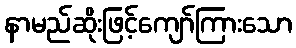
နာမည်ဆိုးဖြင့်ကျော်ကြားသော